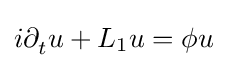
i\partial _{t}^{}u+L_{1}u=\phi u